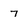
Character: 7